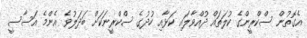
އެގޮތުން ސްކްރީންގެ ކުލަތައް ދުއްވާލައި ކަޅާއި ހުދުގެ ސްކްރީނަކަށް ބަދަލުވެ އެންމެ އަސާސީ